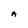
Character: A